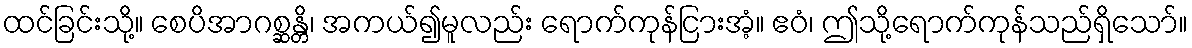
ထင်ခြင်းသို့။ စေပိအာဂစ္ဆန္တိ၊ အကယ်၍မူလည်း ရောက်ကုန်ငြားအံ့။ ဧဝံ၊ ဤသို့ရောက်ကုန်သည်ရှိသော်။